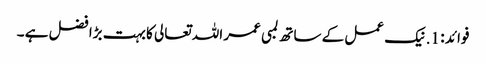
فوائد : 1. نیک عمل کے ساتھ لمبی عمر اللہ تعالی کا بہت بڑا فضل ہے ۔